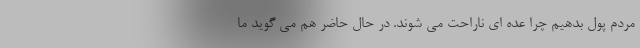
مردم پول بدهیم چرا عده ای ناراحت می شوند. در حال حاضر هم می گوید ما